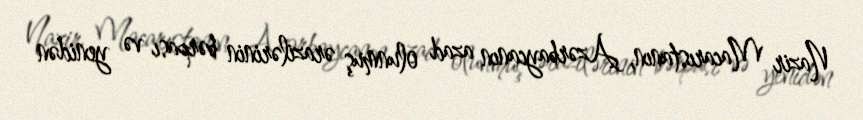
Nazir Macarıstanın, Azərbaycanın azad olunmuş ərazilərinin bərpası və yenidən